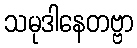
သမုဒါနေတဗ္ဗာ